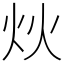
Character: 炏